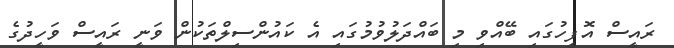
ރައީސް އޮފީހުގައި ބޭއްވި މި ބައްދަލުވުމުގައި އެ ކައުންސިލްތަކުން ވަނީ ރައީސް ވަހީދުގެ